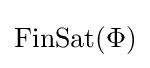
{\rm {{FinSat}(\Phi )}}